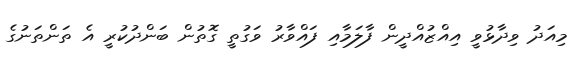
މިއަދު ވިދާޅުވީ އިއްޒުއްދީން ފާލަމާއި ފައްވާރު ވަގުތީ ގޮތުން ބަންދުކުރީ އެ ތަންތަނުގެ